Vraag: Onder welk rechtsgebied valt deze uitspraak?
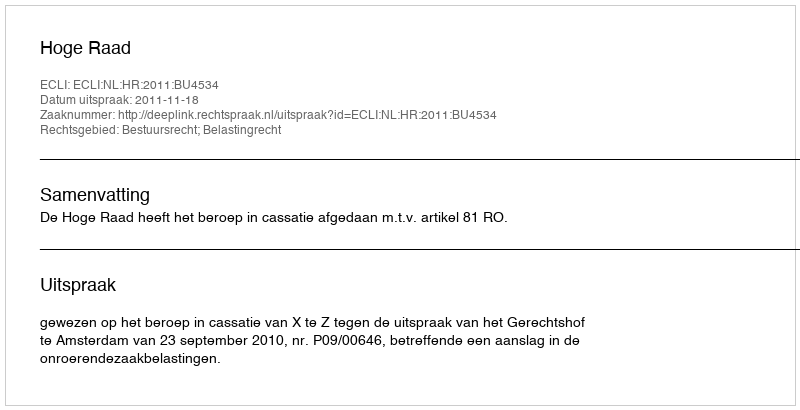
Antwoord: Bestuursrecht; Belastingrecht